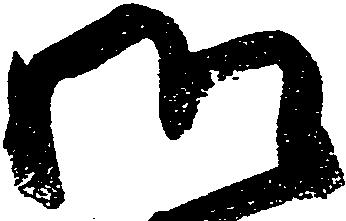
御